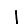
Digit: 1